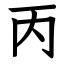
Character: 丙